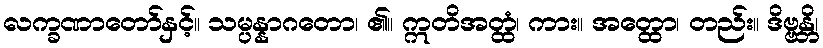
လက္ခဏာတော်နှင့်။ သမ္ပန္နာဂတော၊ ၏။ ဣတိအတ္ထံ၊ ကား။ အတ္ထော၊ တည်း။ ဒိဗ္ဗန္တိ၊